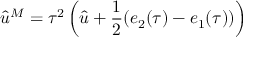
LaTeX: \hat { u } ^ { M } = \tau ^ { 2 } \left( \hat { u } + \frac { 1 } { 2 } ( e _ { 2 } ( \tau ) - e _ { 1 } ( \tau ) ) \right)